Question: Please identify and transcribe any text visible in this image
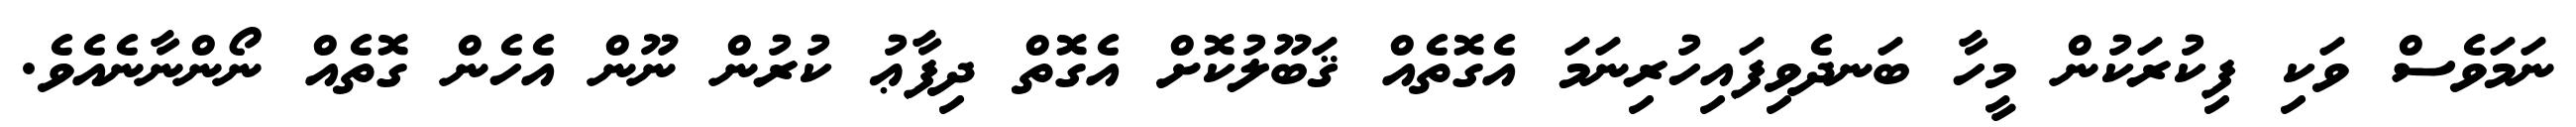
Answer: ނަމަވެސް ވަކި ފިކުރަކުން މީހާ ބަނދެވިފައިހުރިނަމަ އެގޮތެއް ޤަބޫލުކޮށް އެގޮތް ދިފާޢު ކުރުން ނޫން އެހެން ގޮތެއް ނޯންނާނެއެވެ.